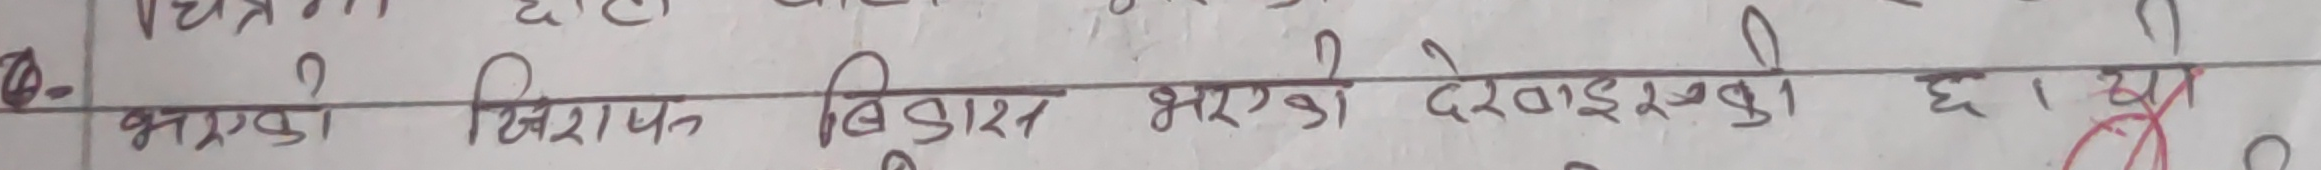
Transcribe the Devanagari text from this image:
Q.- भन्नुहोस्? खिरात बीडा भएको देखाएको छ । १२